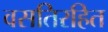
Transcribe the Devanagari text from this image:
वसतिरहित